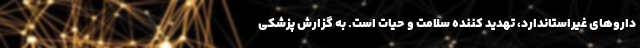
داروهای غیراستاندارد، تهدید کننده سلامت و حیات است. به گزارش پزشکی